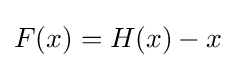
F(x)=H(x)-x